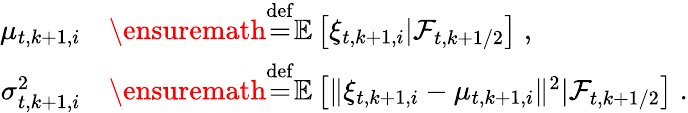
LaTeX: \begin{array}{rl}{\mu_{t,k+1,i}}&{\ensuremath{\stackrel{\mathrm{def}}{=}}\mathbb{E}\left[\xi_{t,k+1,i}\vert\mathcal{F}_{t,k+1/2}\right]\; ,}\\ {\sigma_{t,k+1,i}^{2}}&{\ensuremath{\stackrel{\mathrm{def}}{=}}\mathbb{E}\left[\| \xi_{t,k+1,i}-\mu_{t,k+1,i}\| ^{2}\vert\mathcal{F}_{t,k+1/2}\right]\; .}\end{array}